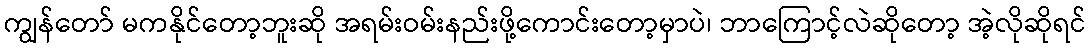
ကျွန်တော် မကနိုင်တော့ဘူးဆို အရမ်းဝမ်းနည်းဖို့ကောင်းတော့မှာပဲ၊ ဘာကြောင့်လဲဆိုတော့ အဲ့လိုဆိုရင်